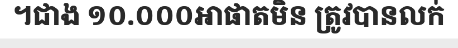
។ជាង ១០.០០០អាផាតមិន ត្រូវបានលក់